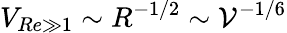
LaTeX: V_{Re\gg 1}\sim R^{-1/2}\sim\mathcal{V}^{-1/6}